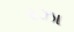
રઝા